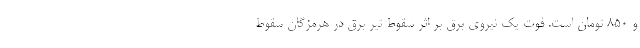
و ۸۵۰ تومان است. فوت یک نیروی برق بر اثر سقوط تیر برق در هرمزگان سقوط